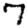
Digit: 7